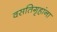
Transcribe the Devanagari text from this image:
वसतिगृहांना